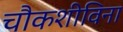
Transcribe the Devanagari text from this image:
चौकशीविना